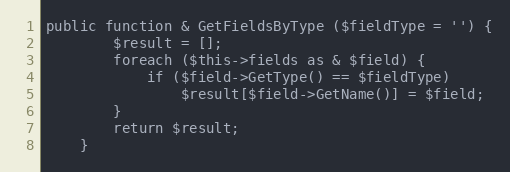
Language: PHP
public function & GetFieldsByType ($fieldType = '') {
		$result = [];
		foreach ($this->fields as & $field) {
			if ($field->GetType() == $fieldType)
				$result[$field->GetName()] = $field;
		}
		return $result;
	}